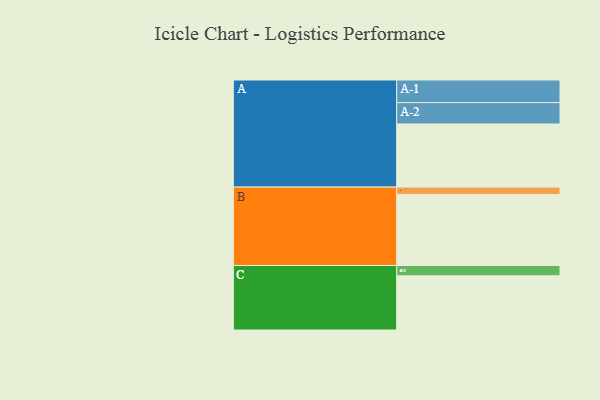
{"axis": {"x": "Segment", "y": "Value"}, "legend": ["", "A", "B", "C"], "data": [{"x": "A", "y": 519, "type": ""}, {"x": "B", "y": 584, "type": ""}, {"x": "C", "y": 445, "type": ""}, {"x": "A-1", "y": 186, "type": "A"}, {"x": "A-2", "y": 175, "type": "A"}, {"x": "B-1", "y": 60, "type": "B"}, {"x": "C-1", "y": 85, "type": "C"}]}